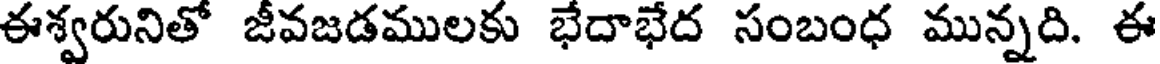
ఈశ్వరునితో జీవజడములకు భేదాభేద సంబంధ మున్నది. ఈ